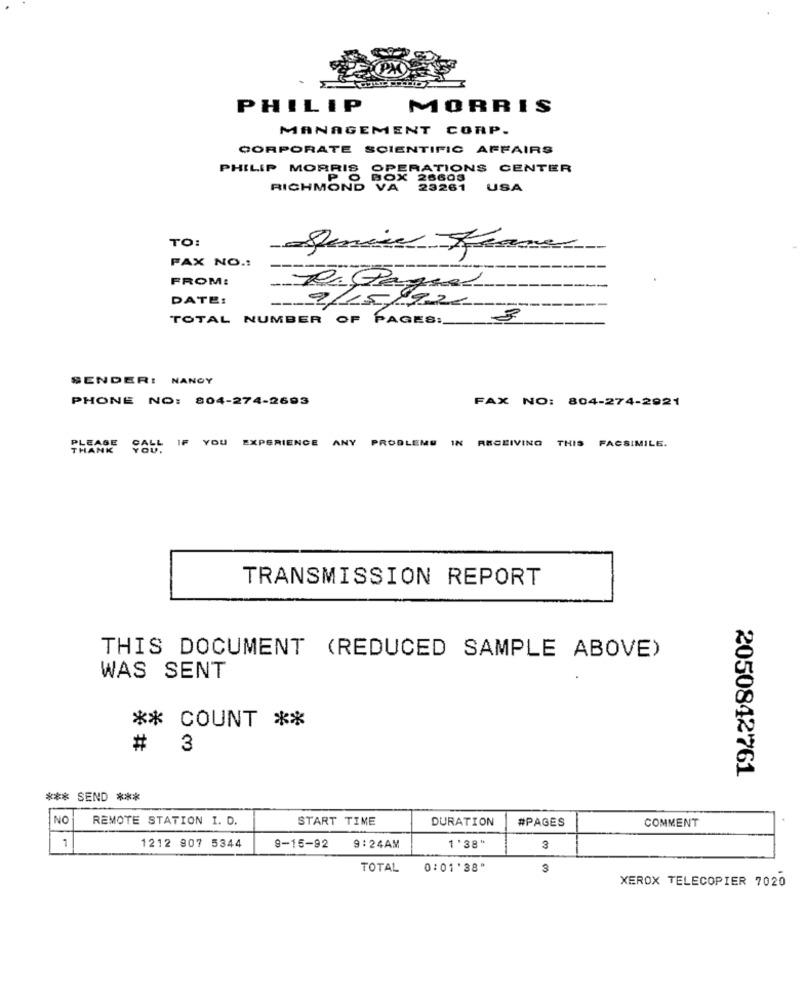
PHILIP
MORRIS
MANAGEMENT CORP.
CORPORATE SCIENTIFIC AFFAIRS
PHILIP MORRIS
OPERATIONS CENTER
.P.
RICHMOND
3261 USA
TO:
Denice france
FAX NO .:
FROM:
R. Paguel
DATE:
---
9/15/19
99-26
TOTAL NUMBER OF PAGES :_
3
SENDER: NANGY
PHONE NO: 804-274-2693
FAX NO: 804-274-2921
CALL IF YOU
EXPERIENCE
ANY
PROBLEMS
IN RECEIVING
THIS
PLEASE
THANK
FACSIMILE.
TRANSMISSION REPORT
THIS DOCUMENT (REDUCED SAMPLE ABOVE)
WAS SENT
** COUNT **
# 3
2050842761
*** SEND ***
NO
REMOTE STATION I. D.
START TIME
DURATION
#PAGES
COMMENT
7
1212 907 5344
9-15-92
1 '38"
9:24AM
3
TOTAL
0:01'38"
3
XEROX TELECOPIER 7020